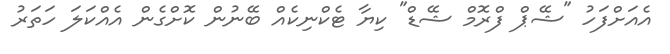
އެއަށްފަހު "ޝޭޕް ފްރޮމް ޝޭޑް" ކިޔާ ޓެކްނިކެއް ބޭނުން ކޮށްގެން އެއްކަލަ ހަތަރު